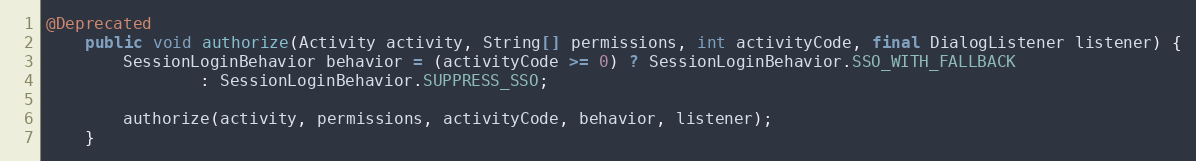
Language: Java
@Deprecated
    public void authorize(Activity activity, String[] permissions, int activityCode, final DialogListener listener) {
        SessionLoginBehavior behavior = (activityCode >= 0) ? SessionLoginBehavior.SSO_WITH_FALLBACK
                : SessionLoginBehavior.SUPPRESS_SSO;

        authorize(activity, permissions, activityCode, behavior, listener);
    }